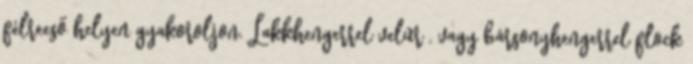
félreeső helyen gyakoroljon. Lakkhengerrel velúr , vagy bársonyhengerrel flock